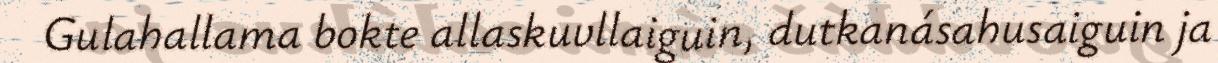
Gulahallama bokte allaskuvllaiguin, dutkanásahusaiguin ja